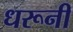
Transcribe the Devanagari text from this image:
धरूनी